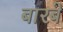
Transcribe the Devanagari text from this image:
बारबे